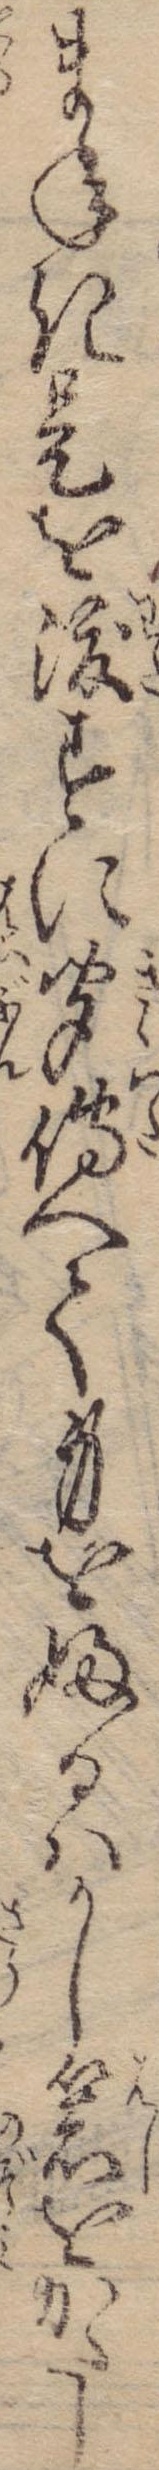
まねき是を渡すに聞伝へて身をふるはかし箸をかたし